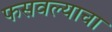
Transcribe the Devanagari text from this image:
फसवल्याचा